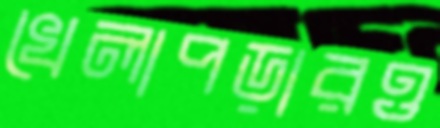
খেলাপড়ারও